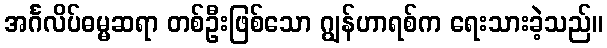
အင်္ဂလိပ်ဓမ္မဆရာ တစ်ဦးဖြစ်သော ဂျွန်ဟာရစ်က ရေးသားခဲ့သည်။